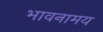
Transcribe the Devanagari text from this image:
भावनामय